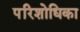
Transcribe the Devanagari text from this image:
परिशोधिका